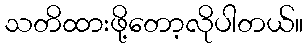
သတိထားဖို့တော့လိုပါတယ်။